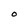
Character: O